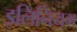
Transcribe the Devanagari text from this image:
इलिनियम